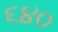
૬૪૦